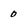
Character: 0